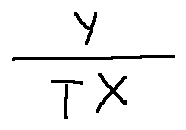
\frac { y } { T X }